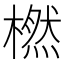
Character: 橪